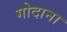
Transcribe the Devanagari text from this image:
गोदाना